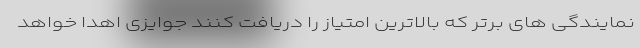
نمایندگی های برتر که بالاترین امتیاز را دریافت کنند جوایزی اهدا خواهد